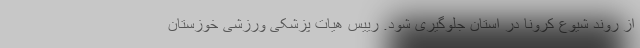
از روند شیوع کرونا در استان جلوگیری شود. رییس هیات پزشکی ورزشی خوزستان